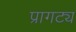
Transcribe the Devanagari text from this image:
प्रागट्य